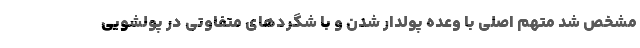
مشخص شد متهم اصلی با وعده پولدار شدن و با شگردهای متفاوتی در پولشویی